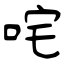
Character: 咤